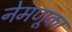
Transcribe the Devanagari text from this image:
नेमणूका